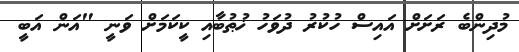
މުދިންބެ ރަށަށް އައިސް ހުކުރު ދުވަހު ޚުޠުބާއި ކީކަމަށް ވަނީ "އަން އަބީ